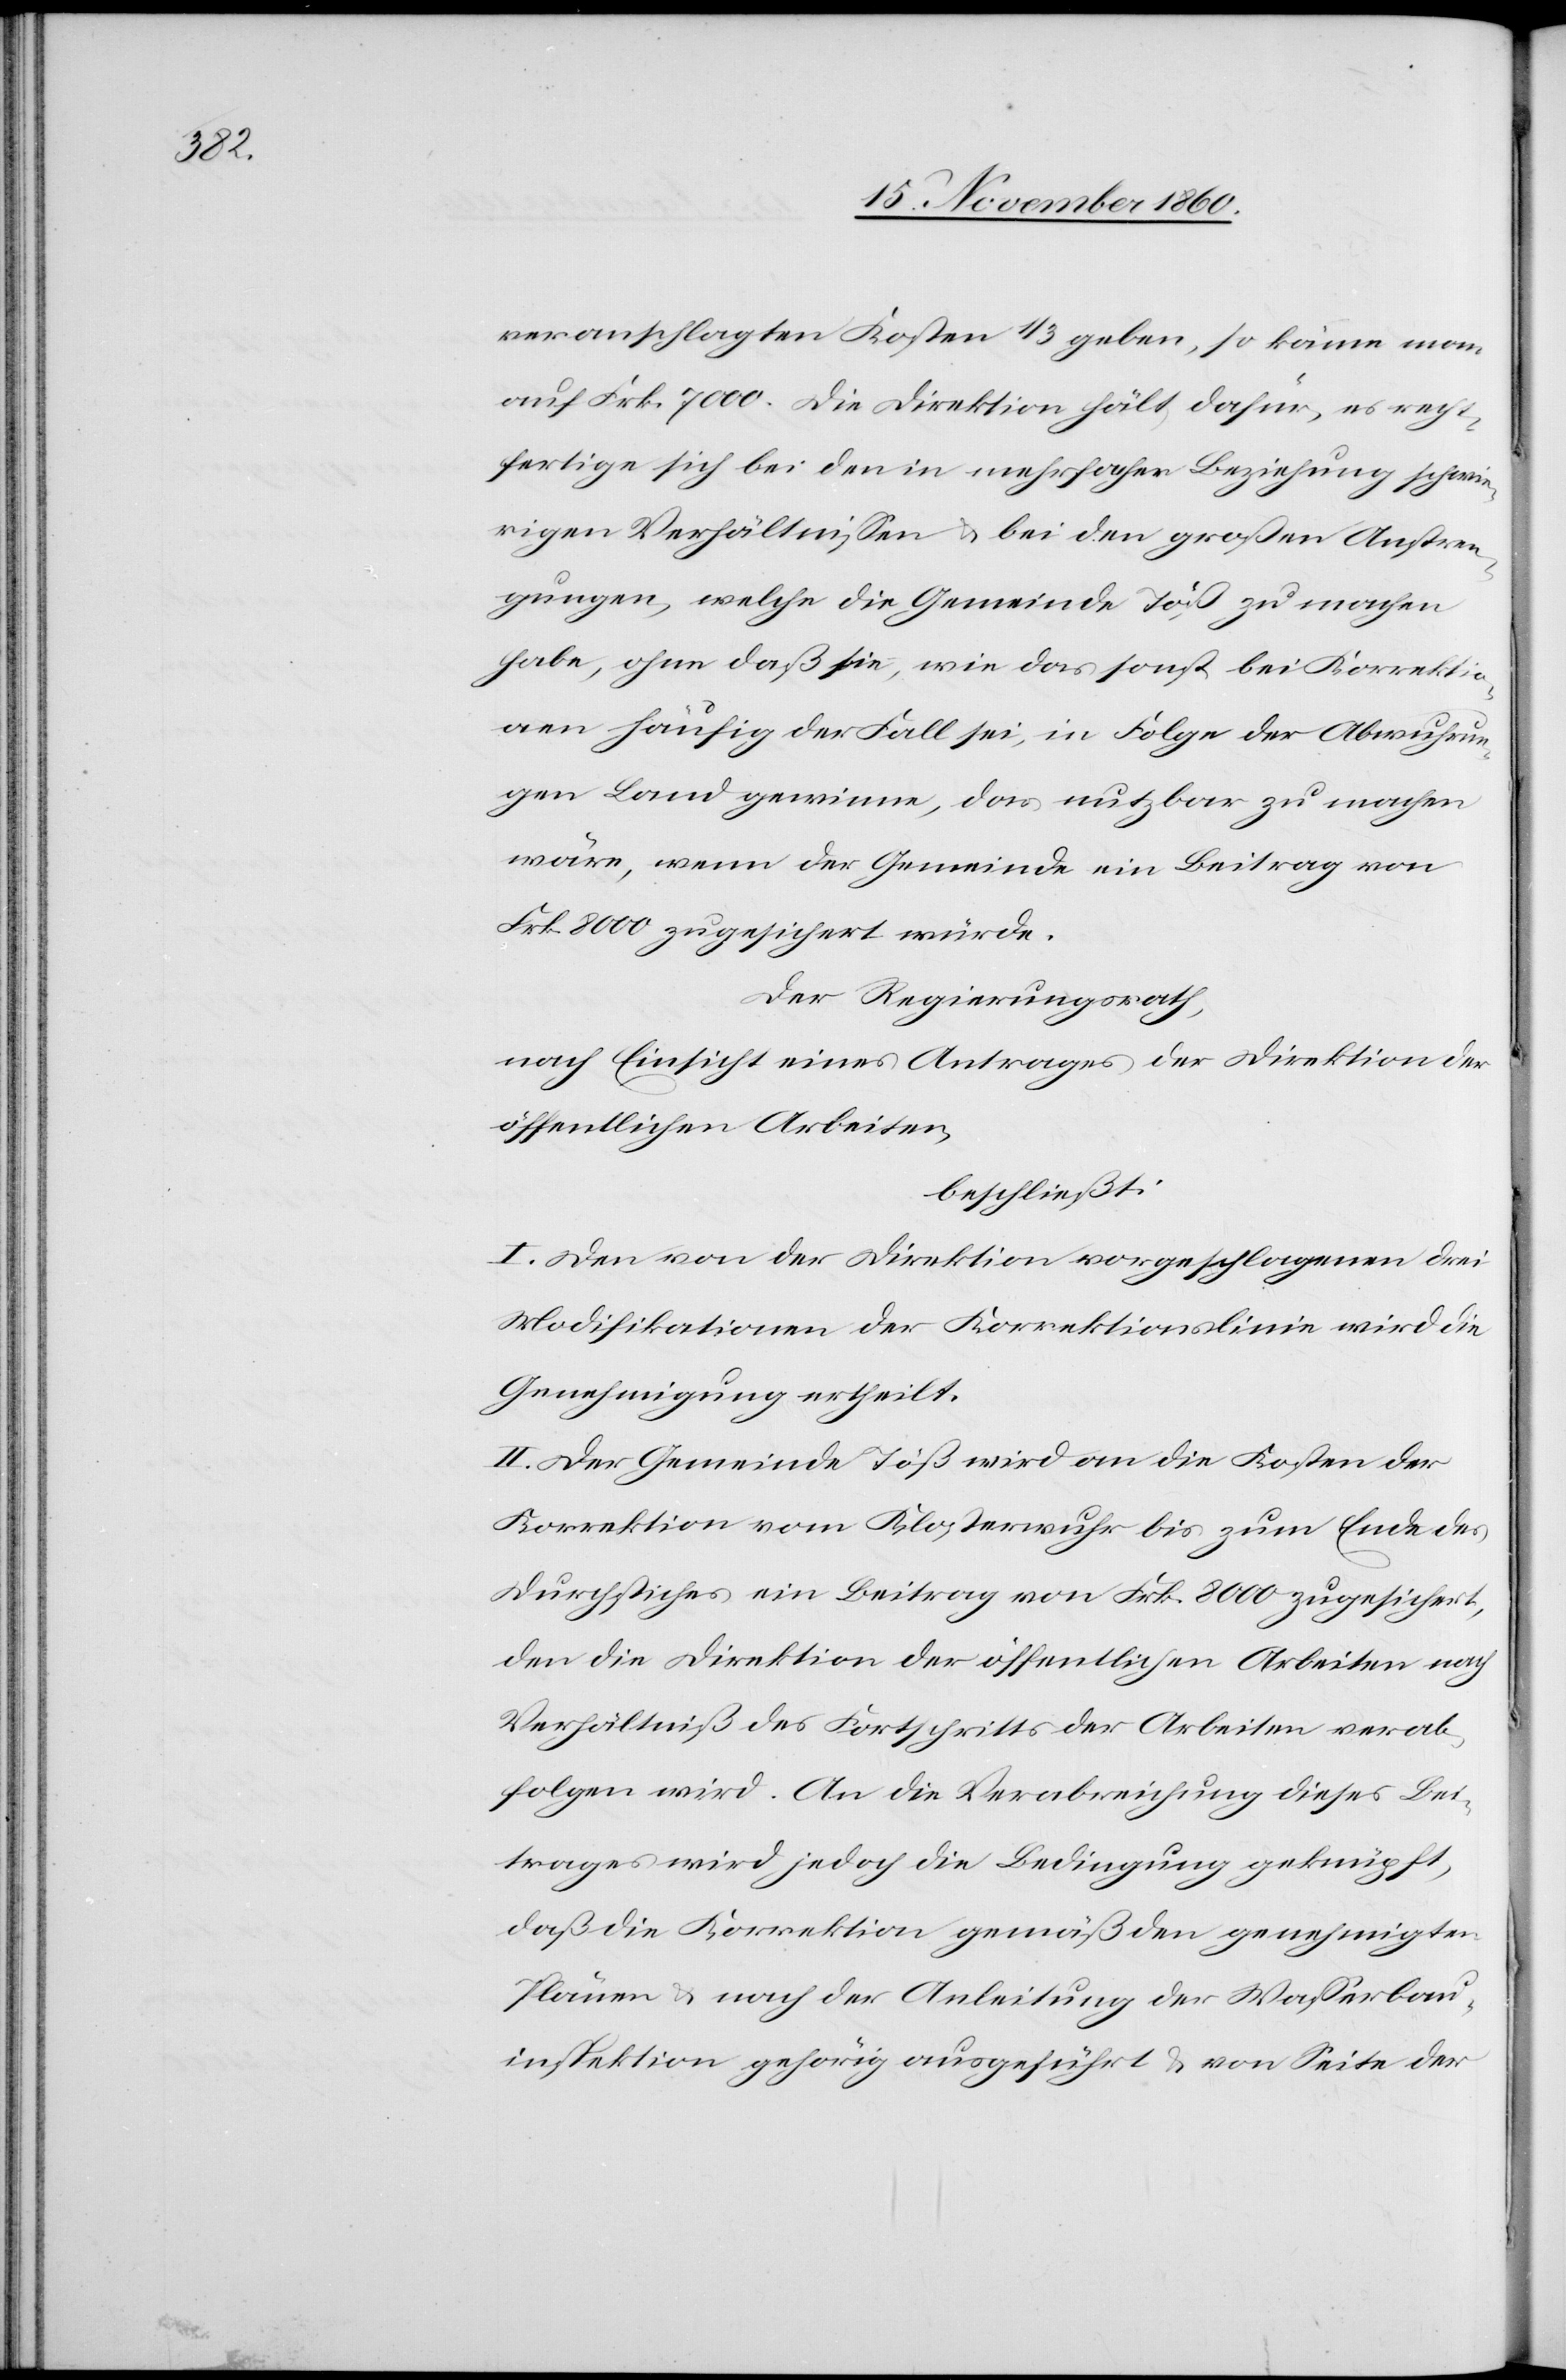
veranschlagten Kosten 1/3 geben, so käme man
auf Frk. 7000. Die Direktion hält dafür, es rech¬
tfertige sich bei den in mehrfacher Beziehung schwie¬
rigen Verhältnissen u. bei den großen Anstren¬
gungen, welche die Gemeinde Töß zu machen
habe, ohne daß sie, wie das sonst bei Korrektio¬
nen häufig der Fall sei, in Folge der Abwuhrun¬
gen Land gewinne, das nutzbar zu machen
wäre, wenn der Gemeinde ein Beitrag von
Frk. 8000 zugesichert würde.
Der Regierungsrath,
nach Einsicht eines Antrages der Direktion der
öffentlichen Arbeiten,
beschließt:
I. Den von der Direktion vorgeschlagenen drei
Modifikationen der Korrektionslinie wird die
Genehmigung ertheilt.
II. Der Gemeinde Töß wird an die Kosten der
Korrektion vom Klosterwuhr bis zum Ende des
Durchstiches ein Beitrag von Frk. 8000 zugesichert,
den die Direktion der öffentlichen Arbeiten nach
Verhältniß des Fortschrittes der Arbeiten verab¬
folgen wird. An die Verabreichung dieses Bei¬
trages wird jedoch die Bedingung geknüpft,
daß die Korrektion gemäß den genehmigten
Plänen u. nach der Anleitung der Wasserbau¬
inspektion gehörig ausgeführt u. von Seite der